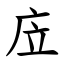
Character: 㡴